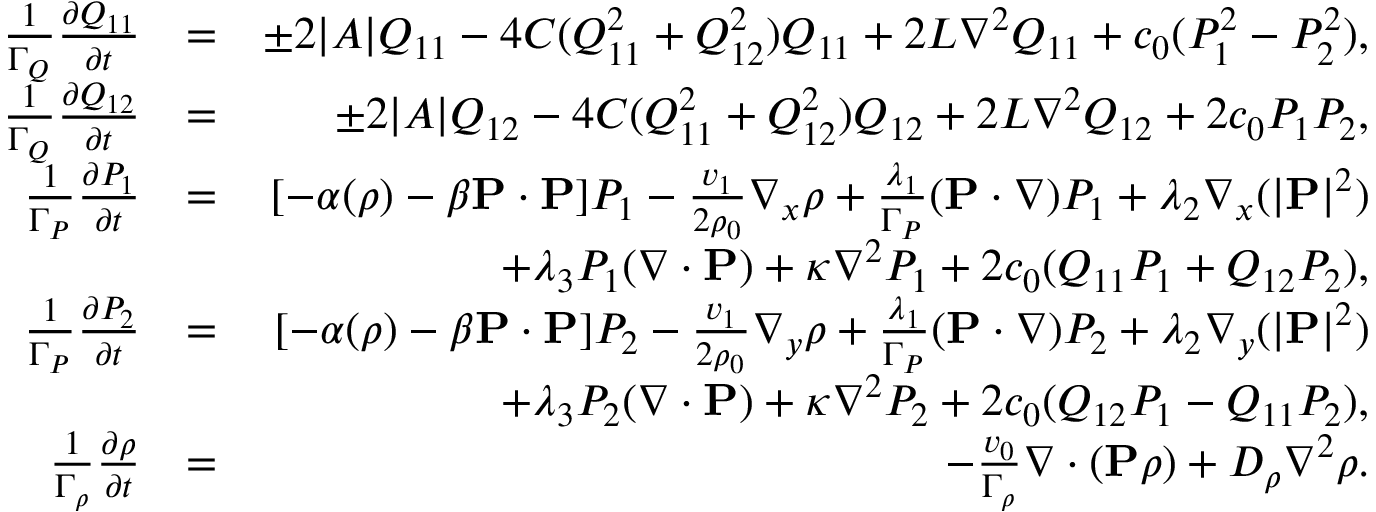
\begin{array} { r l r } { \frac { 1 } { \Gamma _ { Q } } \frac { \partial Q _ { 1 1 } } { \partial t } } & { = } & { \pm 2 | A | Q _ { 1 1 } - 4 C ( Q _ { 1 1 } ^ { 2 } + Q _ { 1 2 } ^ { 2 } ) Q _ { 1 1 } + 2 L \nabla ^ { 2 } Q _ { 1 1 } + c _ { 0 } ( P _ { 1 } ^ { 2 } - P _ { 2 } ^ { 2 } ) , } \\ { \frac { 1 } { \Gamma _ { Q } } \frac { \partial Q _ { 1 2 } } { \partial t } } & { = } & { \pm 2 | A | Q _ { 1 2 } - 4 C ( Q _ { 1 1 } ^ { 2 } + Q _ { 1 2 } ^ { 2 } ) Q _ { 1 2 } + 2 L \nabla ^ { 2 } Q _ { 1 2 } + 2 c _ { 0 } P _ { 1 } P _ { 2 } , } \\ { \frac { 1 } { \Gamma _ { P } } \frac { \partial P _ { 1 } } { \partial t } } & { = } & { [ - \alpha ( \rho ) - \beta { \bf P } \cdot { \bf P } ] P _ { 1 } - \frac { v _ { 1 } } { 2 \rho _ { 0 } } \nabla _ { x } \rho + \frac { \lambda _ { 1 } } { \Gamma _ { P } } ( { \bf P } \cdot \nabla ) P _ { 1 } + \lambda _ { 2 } \nabla _ { x } ( | { \bf P } | ^ { 2 } ) } \\ & { } & { + \lambda _ { 3 } P _ { 1 } ( \nabla \cdot { \bf P } ) + \kappa \nabla ^ { 2 } P _ { 1 } + 2 c _ { 0 } ( Q _ { 1 1 } P _ { 1 } + Q _ { 1 2 } P _ { 2 } ) , } \\ { \frac { 1 } { \Gamma _ { P } } \frac { \partial P _ { 2 } } { \partial t } } & { = } & { [ - \alpha ( \rho ) - \beta { \bf P } \cdot { \bf P } ] P _ { 2 } - \frac { v _ { 1 } } { 2 \rho _ { 0 } } \nabla _ { y } \rho + \frac { \lambda _ { 1 } } { \Gamma _ { P } } ( { \bf P } \cdot \nabla ) P _ { 2 } + \lambda _ { 2 } \nabla _ { y } ( | { \bf P } | ^ { 2 } ) } \\ & { } & { + \lambda _ { 3 } P _ { 2 } ( \nabla \cdot { \bf P } ) + \kappa \nabla ^ { 2 } P _ { 2 } + 2 c _ { 0 } ( Q _ { 1 2 } P _ { 1 } - Q _ { 1 1 } P _ { 2 } ) , } \\ { \frac { 1 } { \Gamma _ { \rho } } \frac { \partial \rho } { \partial t } } & { = } & { - \frac { v _ { 0 } } { \Gamma _ { \rho } } \nabla \cdot ( { \bf P } \rho ) + D _ { \rho } \nabla ^ { 2 } \rho . } \end{array}